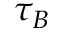
\tau _ { B }